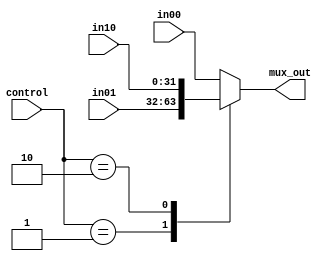
// 32-bit 3-to-1 mux for forwarding
// data input width: 3 32-bit
// data output width: 1 32-bit
// control: 2-bit
module mux_32bit_3to1 (in00, in01, in10, mux_out, control);
	input [31:0] in00, in01, in10;
	output [31:0] mux_out;
	input [1:0] control;
	reg [31:0] mux_out;
	always @(in00 or in01 or in10 or control)
	begin
		case(control)
		2'b00:mux_out<=in00;
		2'b01:mux_out<=in01;
		2'b10:mux_out<=in10;
		default: mux_out<=in00;
		endcase
	end 
endmodule